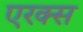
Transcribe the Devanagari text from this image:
एरक्स